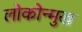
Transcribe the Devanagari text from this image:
लोकोन्मुख